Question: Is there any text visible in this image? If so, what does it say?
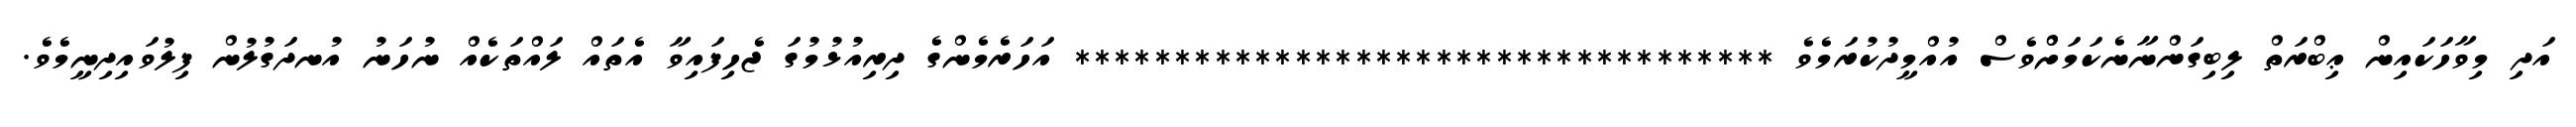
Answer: އަދި މިވާހަކައިން ޢިބްރަތް ލިބިގަންނާނެކަމަށްްވެސް އުއްމީދުކުރަމެވެ *********************************** އަހަރެމެންގެ ދިރިއުޅުމުގަ ޖެހިފައިވާ އެތައް ލައްތަކެއް ނުހަނު އުނދަގުލުން ފިލުވައިދިނީމެވެ.